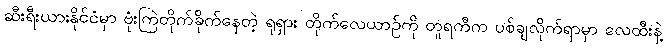
ဆီးရီးယားနိုင်ငံမှာ ဗုံးကြဲတိုက်ခိုက်နေတဲ့ ရုရှား တိုက်လေယာဉ်ကို တူရကီက ပစ်ချလိုက်ရာမှာ လေထီးနဲ့